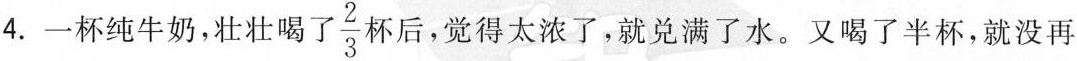
4.一杯纯牛奶，壮壮喝\frac{2}{3}不后，觉得太浓了，就兑满了水。又喝了半杯，就没再